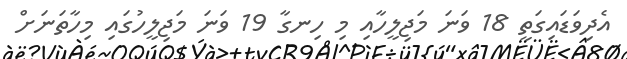
އެދިވަޑައިގަތީ 18 ވަނަ މަޖިލީހާއި މި ހިނގާ 19 ވަނަ މަޖިލީހުގައި މިހާތަނަށް